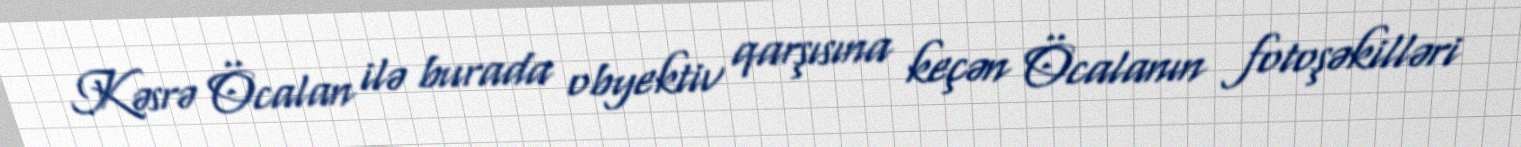
Kəsrə Öcalan ilə burada obyektiv qarşısına keçən Öcalanın fotoşəkilləri